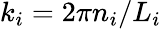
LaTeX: k_{i}=2\pi n_{i}/L_{i}